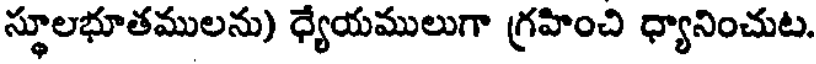
స్థూలభూతములను) ధ్యేయములుగా గ్రహించి ధ్యానించుట.